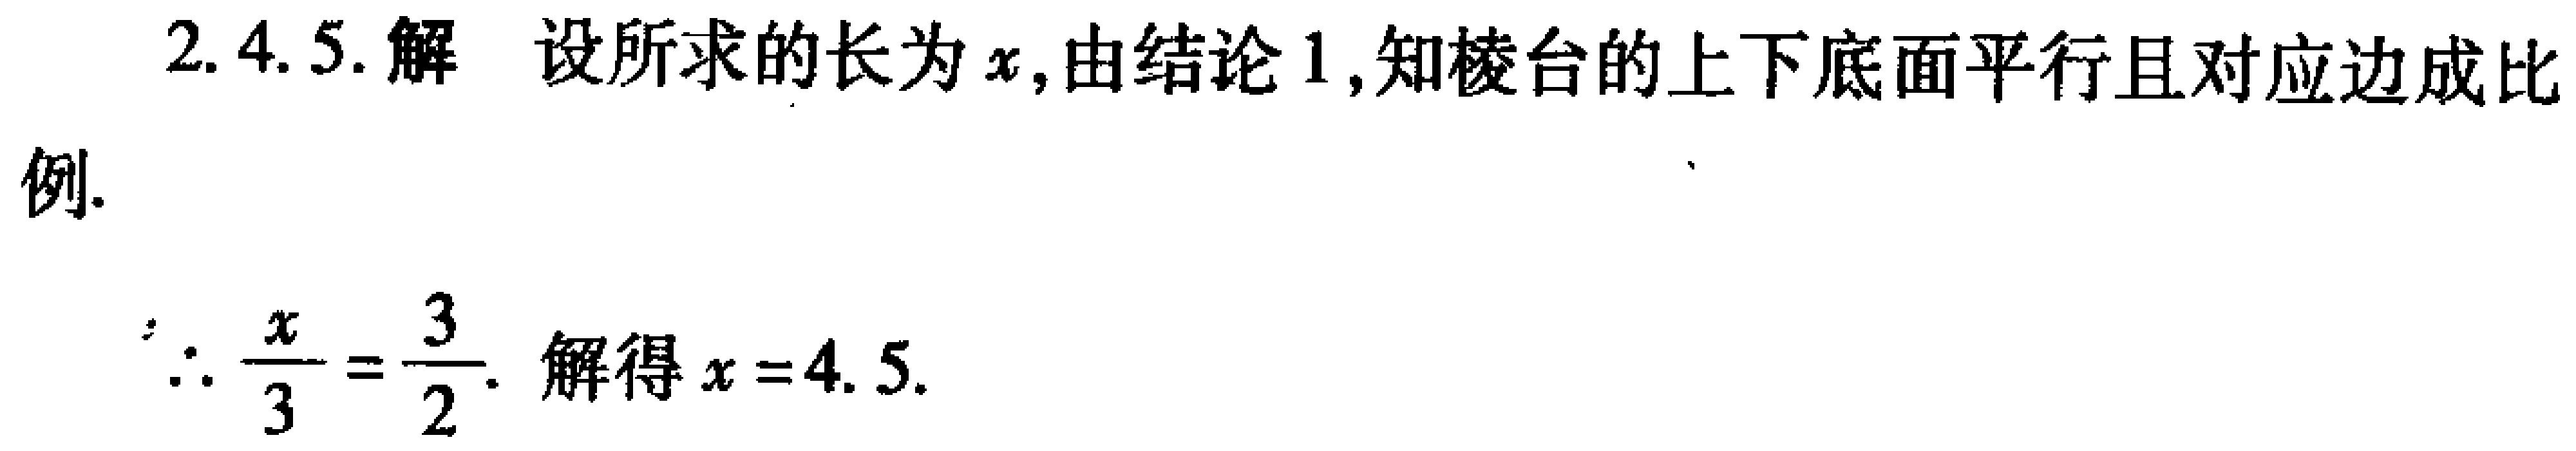
2.4.5. 解 设所求的长为\(x\)，由结论1，知棱台的上下底面平行且对应边成比
例.
\(\therefore \frac{x}{3}=\frac{3}{2}\). 解得\(x = 4.5\).